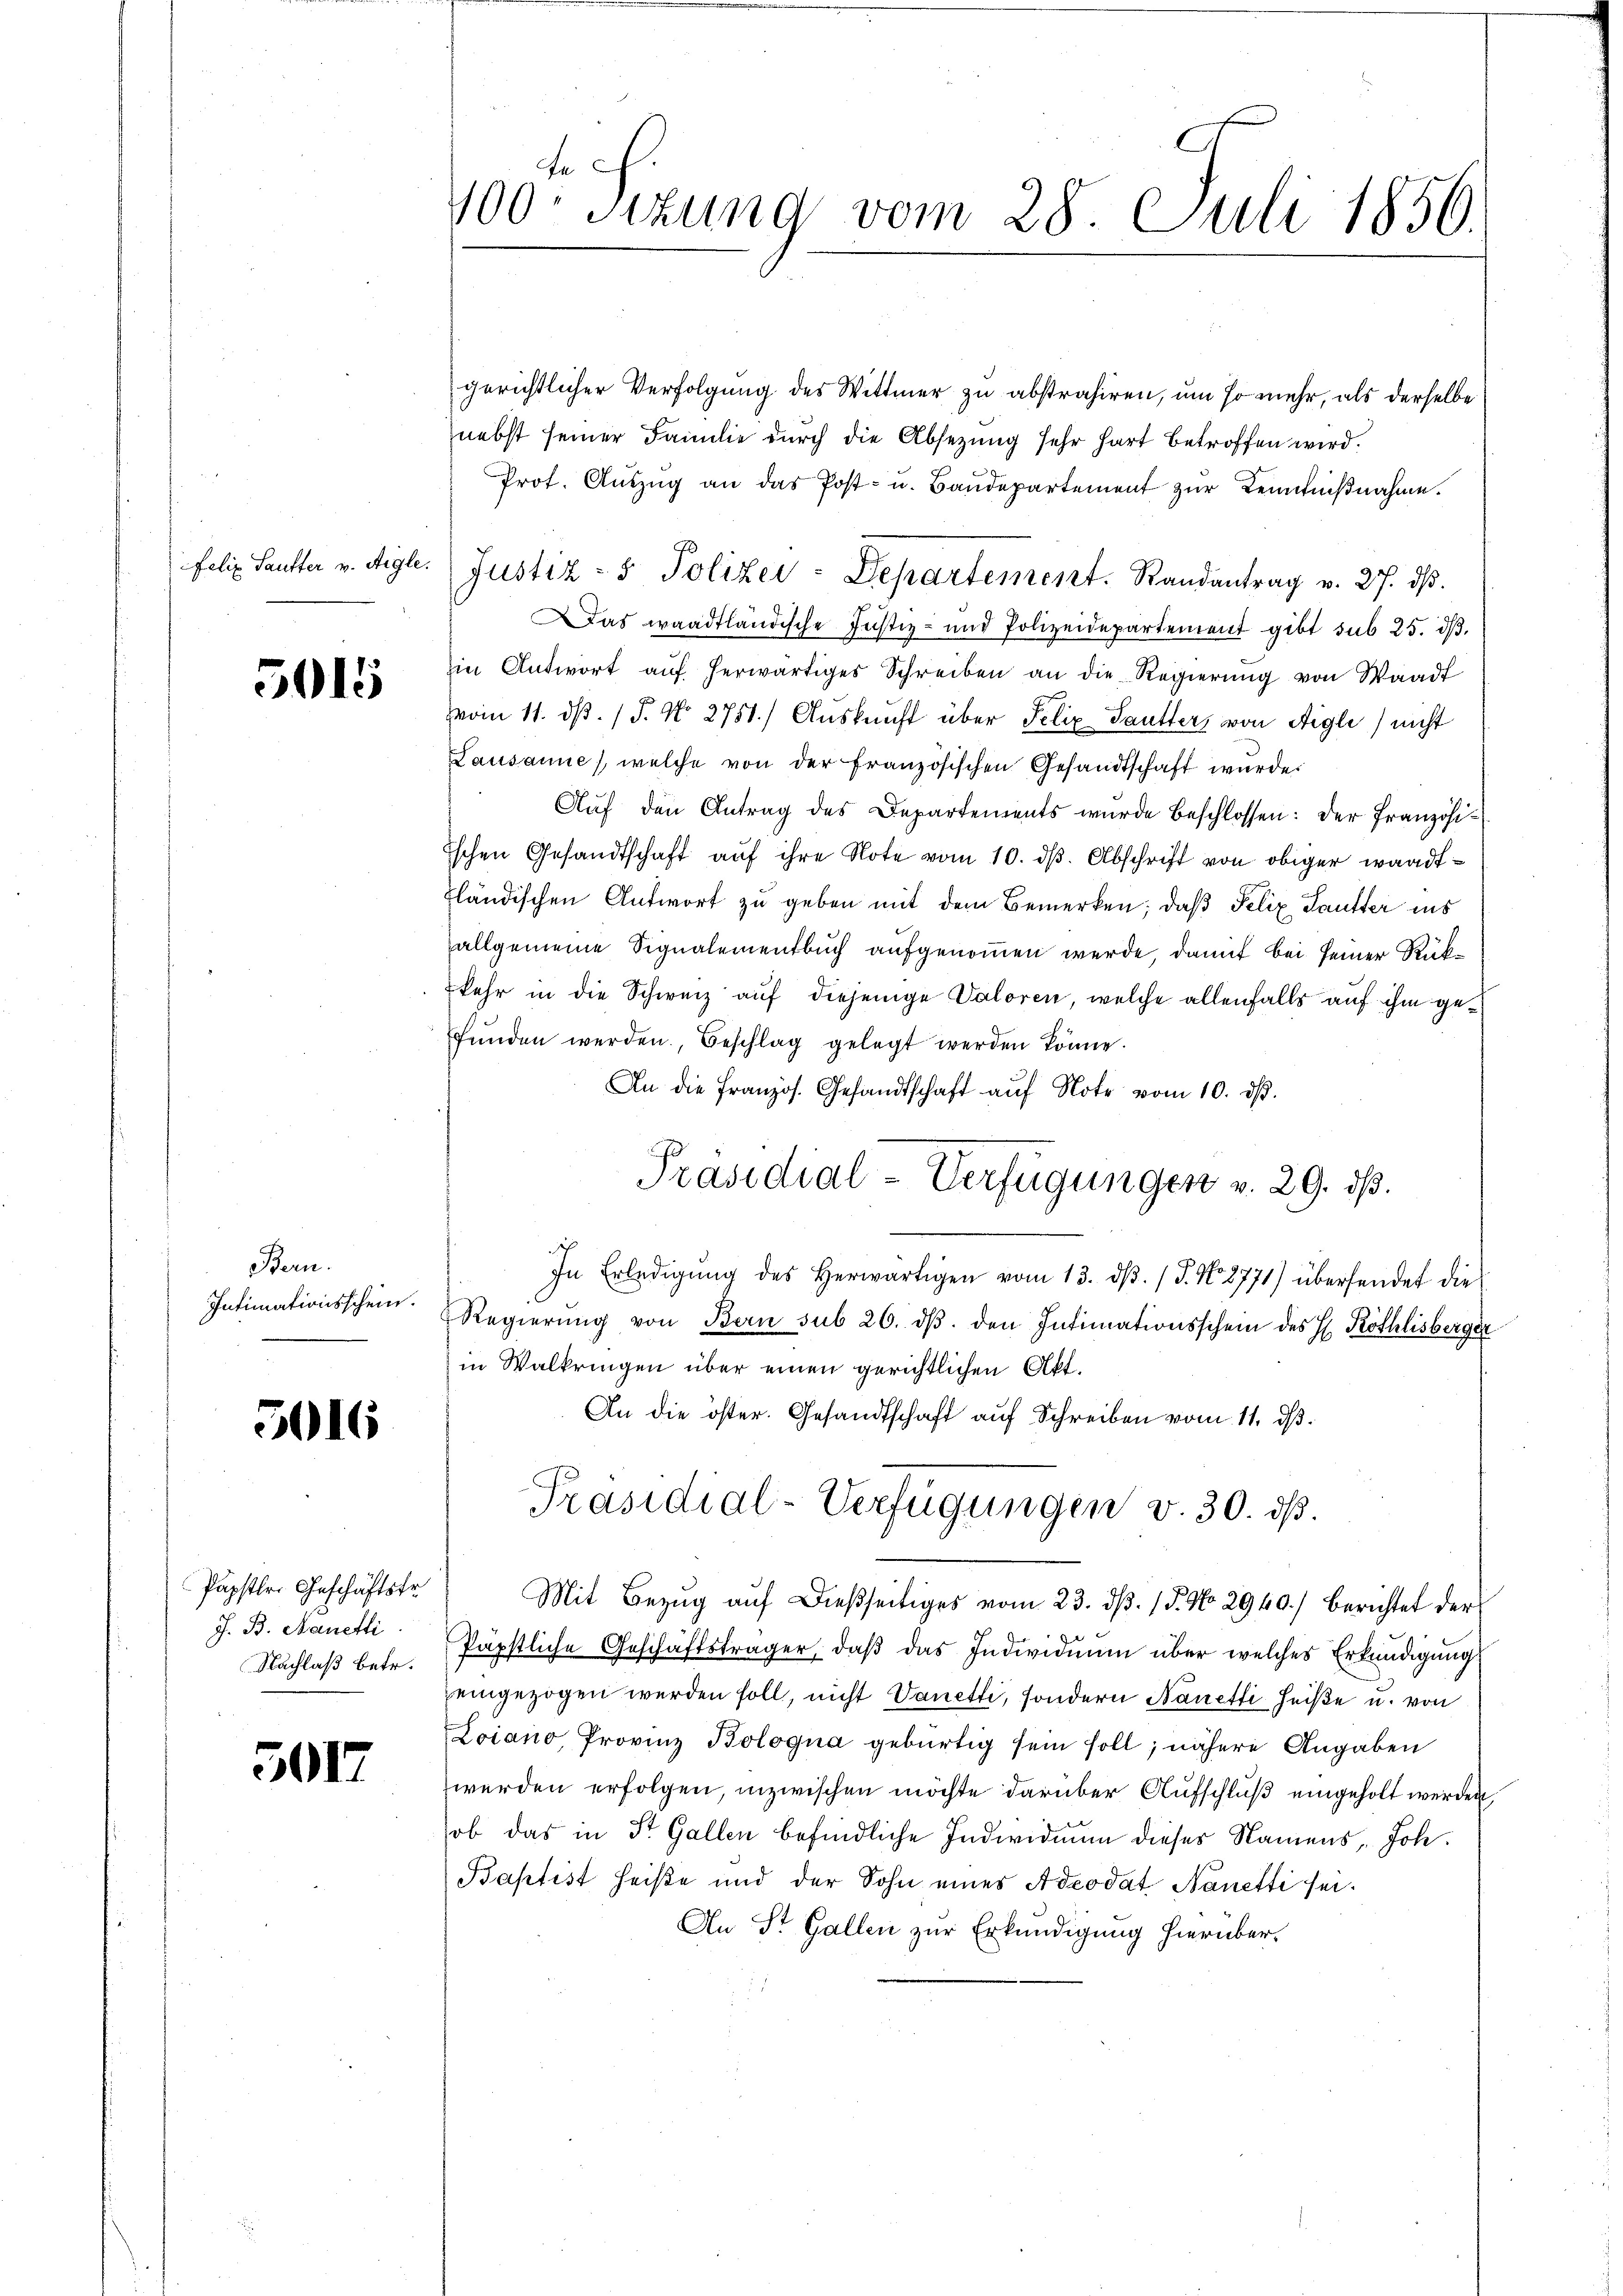
Felix Sautter v. Aigle

5015

Bern.
Intimationsschein.

5016

Papstr. Geschäftstr
J. B. Nanetli
Nachlaß betr.

501

tech
100: Sizung vom 28. Juli 1856.

Justiz- & Polizei-Departement. Randantrag v. 27. dβ.

gerichtlicher Verfolgung des Wittmer zu abstrahiren, um so mehr, als derselbe
nebst seiner Familie durch die Absetzung sehr hart betroffen wird.
Prot. Aŭszŭg an das Post- u. Baŭdepartement zur Kenntnißnahme.
Das waadtländische Justiz- und Polizeidepartement gibt sub 25. dβ.
in Antwort aŭf herwärtiges Schreiben an die Regierŭng von Waadt
vom 11. ds. (T. No 2751.) Auskunft über Felix Sautters von Aigle) nicht
Lausanne), welche von der französischen Gesandtschaft wurde.
Aŭf den Antrag des Departements wurde beschlossen: der Französiischen Gesandtschaft aŭf ihre Note vom 10. dβ. Abschrift von obiger wandtländischen Antwort zu geben mit dem Bemerken; daß Felix Sautter ins
allgemeine Signalementbuch aufgenommen werde, damit bei seiner Rükkehr in die Schweiz auf diejenige Valoren, welche allenfalls auf ihm gefŭnden werden, Beschlag gelegt werden könne.
An die Französ. Gesandtschaft auf Note vom 10. ds.
Präsidial-Verfügungen v. 29. ds.
In Erledigŭng des herwärtigen vom 13. dβ. / 5. No 8771) übersendet die
Regierŭng von Bern sub 26. dβ. den Intimationsschein des H. Röthlisberger
in Walkringen über einen gerichtlichen Akt.
An die öster. Gesandtschaft auf Schreiben vom 11. ds.
Präsidial-Verfügungen v. 30. ds.
Mit Bezŭg aŭf dießseitiges vom 23. dβ. 15. No 2940.) berichtet der
Papstliche Geschäftsträger, daβ das Individuum über welches Erkundigung
eingezogen werden soll, nicht Vanetti, sondern Nanetti heiße u. von
Loiano, Provinz Bologna gebürtig sein soll; nähere Angaben
werden erfolgen, inzwischen möchte darüber Aufschluß eingeholt werden,
hob das in St. Gallen befindliche Individuum dieses Namens Joh.
Baptist heiße und der Sohn eines Adeodat Nanetti sei¬
An St. Gallen zur Erkundigung hierüber,